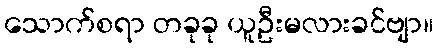
သောက်စရာ တခုခု ယူဦးမလားခင်ဗျာ။